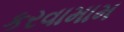
કરવામામ